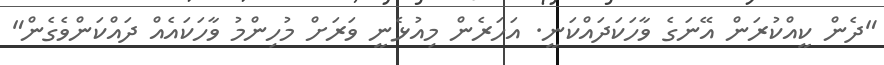
"ދެން ކީއްކުރަން އޭނަގެ ވާހަކަދައްކަނީ. އަހަރެން މިއުޅެނީ ވަރަށް މުހިންމު ވާހަކައެއް ދައްކަންވެގެން"